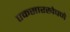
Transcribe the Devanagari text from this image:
एकसारखेपणे